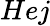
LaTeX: Hej